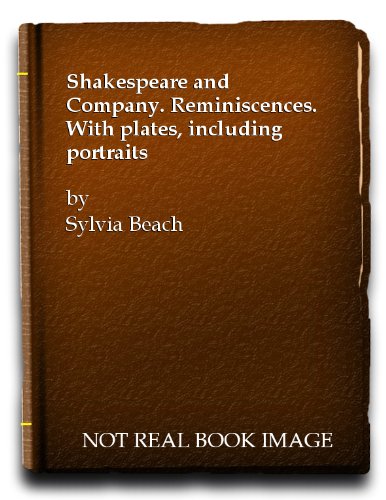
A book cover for Shakespeare and Company; SYLVIA BEACH; Business & Money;